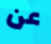
عن